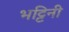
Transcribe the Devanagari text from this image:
भट्टिनी